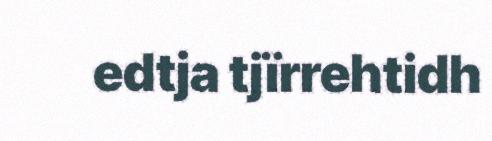
edtja tjïrrehtidh